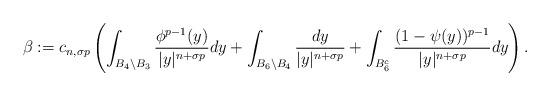
LaTeX: \begin{align*}\beta:=c_{n,\sigma p}\left(\int_{B_{4}\setminus B_{3}}\frac{\phi^{p-1}(y)}{|y|^{n+\sigma p}}dy+\int_{B_{6}\setminus B_{4}}\frac{dy}{|y|^{n+\sigma p}}+\int_{B_{6}^{c}}\frac{(1-\psi(y))^{p-1}}{|y|^{n+\sigma p}}dy\right).\end{align*}